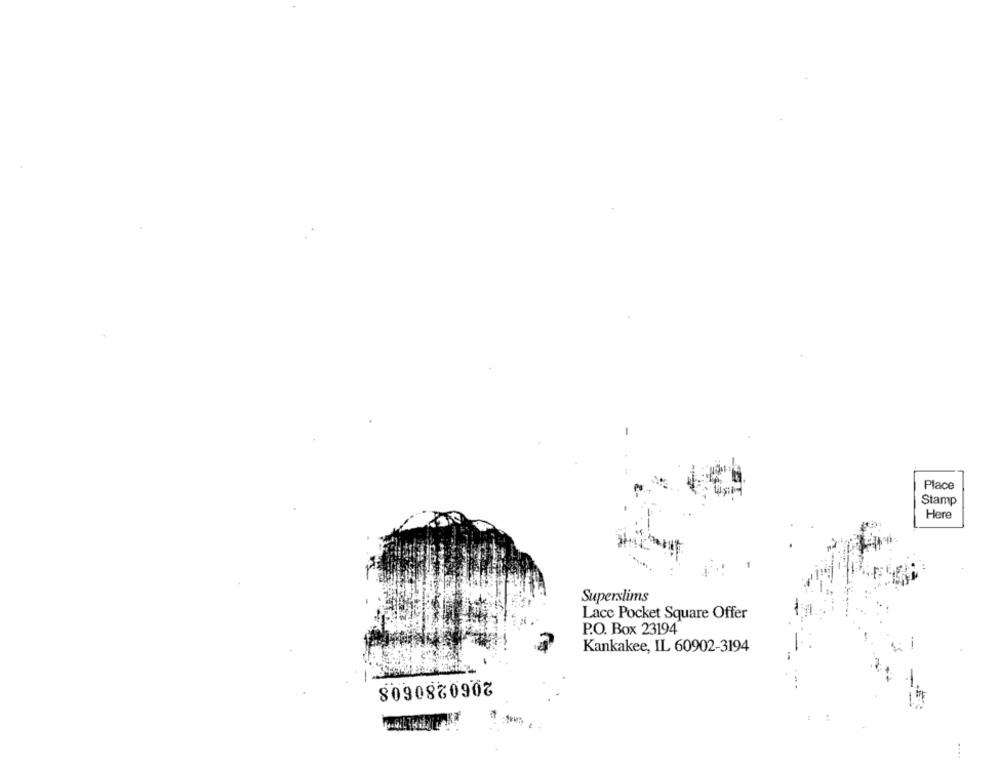
Place
Stamp
Here
Superslims
Lace Pocket Square Offer
P.O. Box 23194
Kankakee, IL 60902-3194
2060280608
....